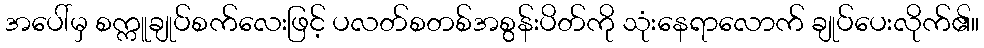
အပေါ်မှ စက္ကူချုပ်စက်လေးဖြင့် ပလတ်စတစ်အစွန်းပိတ်ကို သုံးနေရာလောက် ချုပ်ပေးလိုက်၏။